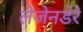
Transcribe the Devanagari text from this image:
लेजेनडेरे